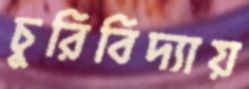
চুরিবিদ্যায়